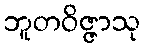
ဘူတဝိဇ္ဇာသု